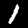
Label: 1